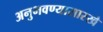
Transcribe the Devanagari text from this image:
अनुभवण्यासारखे